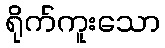
ရိုက်ကူးသော